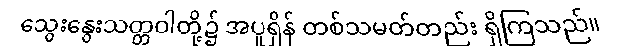
သွေးနွေးသတ္တဝါတို့၌ အပူရှိန် တစ်သမတ်တည်း ရှိကြသည်။